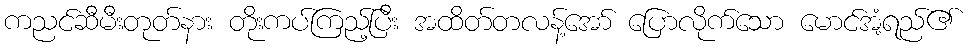
ကညင်ဆီမီးတုတ်နား တိုးကပ်ကြည့်ပြီး အထိတ်တလန့်အော် ပြောလိုက်သော မောင်အံ့ရည်၏